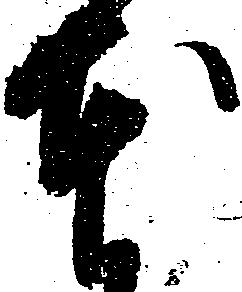
本